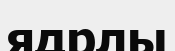
ядрлы